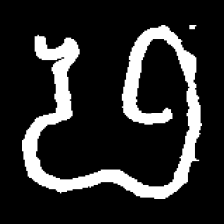
Pyu character \u2014 Myanmar letter: ဖ (romanized: pha)